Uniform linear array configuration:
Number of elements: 16
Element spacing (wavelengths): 1
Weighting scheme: hann
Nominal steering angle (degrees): -45
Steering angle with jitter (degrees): -46.584
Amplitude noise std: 0.05
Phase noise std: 0.05

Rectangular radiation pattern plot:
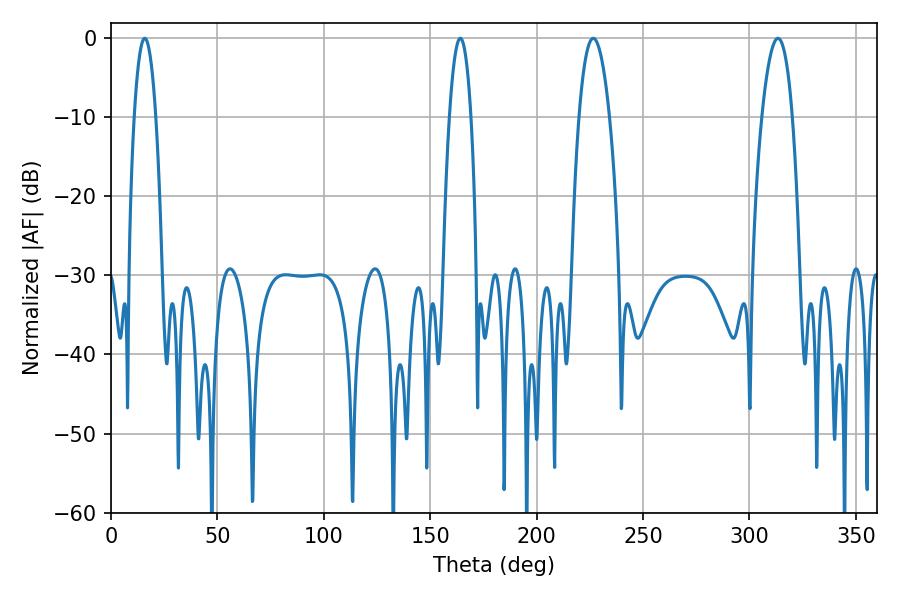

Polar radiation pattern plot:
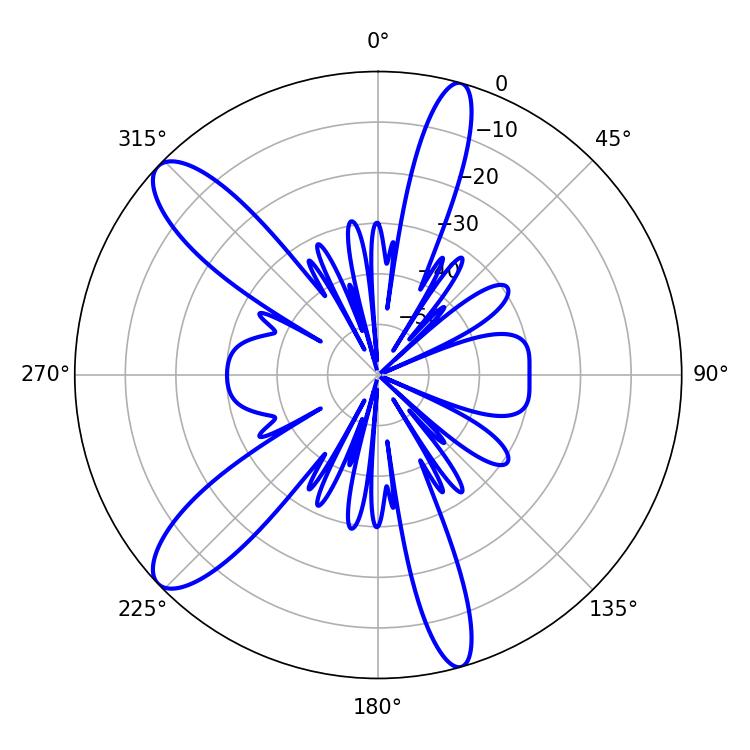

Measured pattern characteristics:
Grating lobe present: TRUE
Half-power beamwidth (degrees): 7.92
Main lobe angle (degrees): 226.62